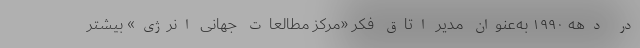
در دهه ۱۹۹۰ به‌عنوان مدیر اتاق فکر «مرکز مطالعات جهانی انرژی» بیشتر